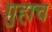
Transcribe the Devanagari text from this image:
गुहाच